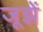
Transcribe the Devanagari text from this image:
जूझें